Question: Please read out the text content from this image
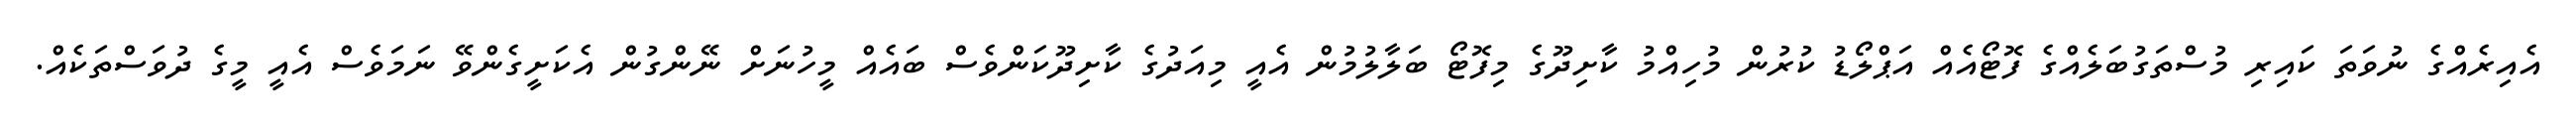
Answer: އެއިރެއްގެ ނުވަތަ ކައިރި މުސްތަގުބަލެއްގެ ފޮޓޯއެއް އަޕްލޯޑު ކުރުން މުހިއްމު ކާށިދޫގެ މިފޮޓޯ ބަލާލުމުން އެއީ މިއަދުގެ ކާށިދޫކަންވެސް ބައެއް މީހުނަށް ނޭންގުން އެކަށީގެންވޭ ނަމަވެސް އެއީ މީގެ ދުވަސްތަކެއް.